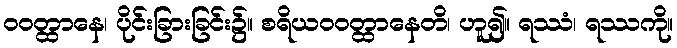
ဝဝတ္ထာနေ၊ ပိုင်းခြားခြင်း၌။ စရိယဝဝတ္ထာနေတိ၊ ဟူ၍။ ရဿံ၊ ရဿကို။